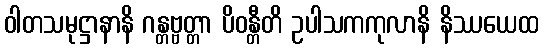
ဝါတသမုဋ္ဌာနာနိ ဂန္တဗ္ဗတ္တာ ပိဝန္တီတိ ဥပါသကကုလာနိ နိဿယေထ